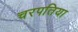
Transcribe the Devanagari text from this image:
चरपतिया